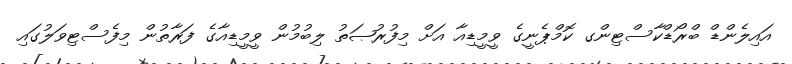
އައިލެންޑް ބްރޯޑްކާސްޓިންގ ކޮމްޕެނީގެ ވީމީޑިއާ އަށް މިފުރުޞަތު ލިބުމުން ވީމީޑިއާގެ ފަރާތުން މިފެސްޓިވަލުގައި